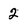
Character: 2